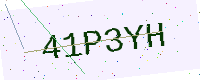
Text: 41P3YH